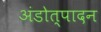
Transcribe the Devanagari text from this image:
अंडोत्पादन